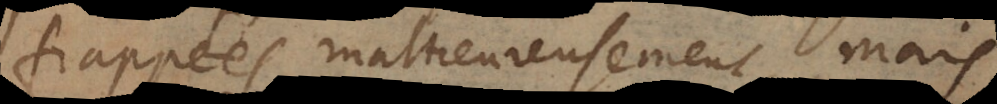
frappées malheureusement, mais